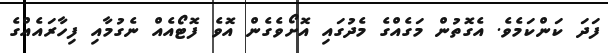
ފަދަ ކަންކަމެވެ. އެގޮތުން މަގެއްގެ މެދުގައި އޮށޯވެގެން އޮވެ ފޮޓޯއެއް ނެގުމާއި ފިހާރައެއްގެ